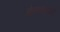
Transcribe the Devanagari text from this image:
शेतकयांपर्यंत